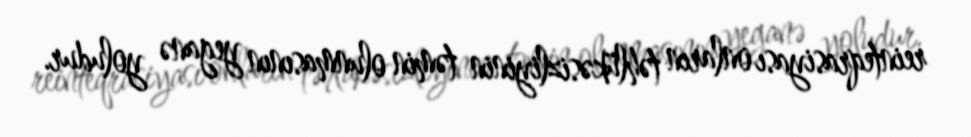
reinteqrasiyası onların təhlükəsizliyinin təmin olunmasının yeganə yoludur.